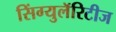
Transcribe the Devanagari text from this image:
सिंग्युलॅरिटीज